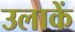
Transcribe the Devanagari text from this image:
उलाकें